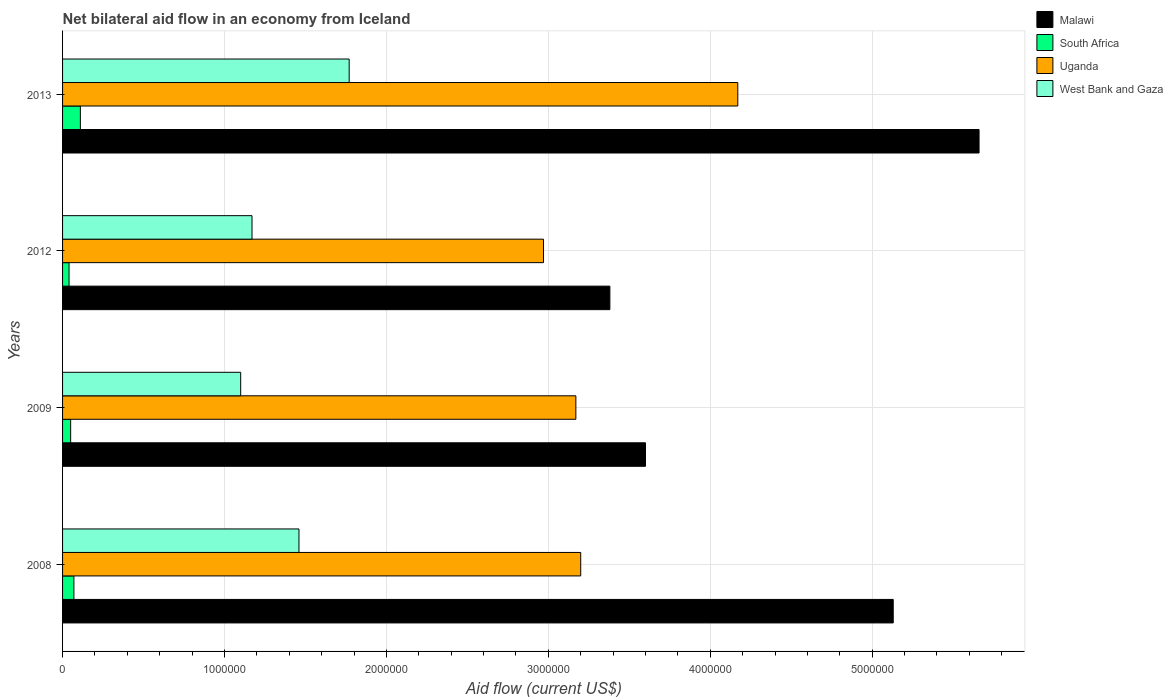
| Years | Malawi | South Africa | Uganda | West Bank and Gaza |
 | --- | --- | --- | --- | --- |
 | 2008 | 5.13e+06 | 7e+04 | 3.2e+06 | 1.46e+06 |
 | 2009 | 3.6e+06 | 5e+04 | 3.17e+06 | 1.1e+06 |
 | 2012 | 3.38e+06 | 4e+04 | 2.97e+06 | 1.17e+06 |
 | 2013 | 5.66e+06 | 1.1e+05 | 4.17e+06 | 1.77e+06 |